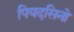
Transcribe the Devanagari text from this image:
पियदसिनो